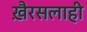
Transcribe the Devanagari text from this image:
खै़रसलाही